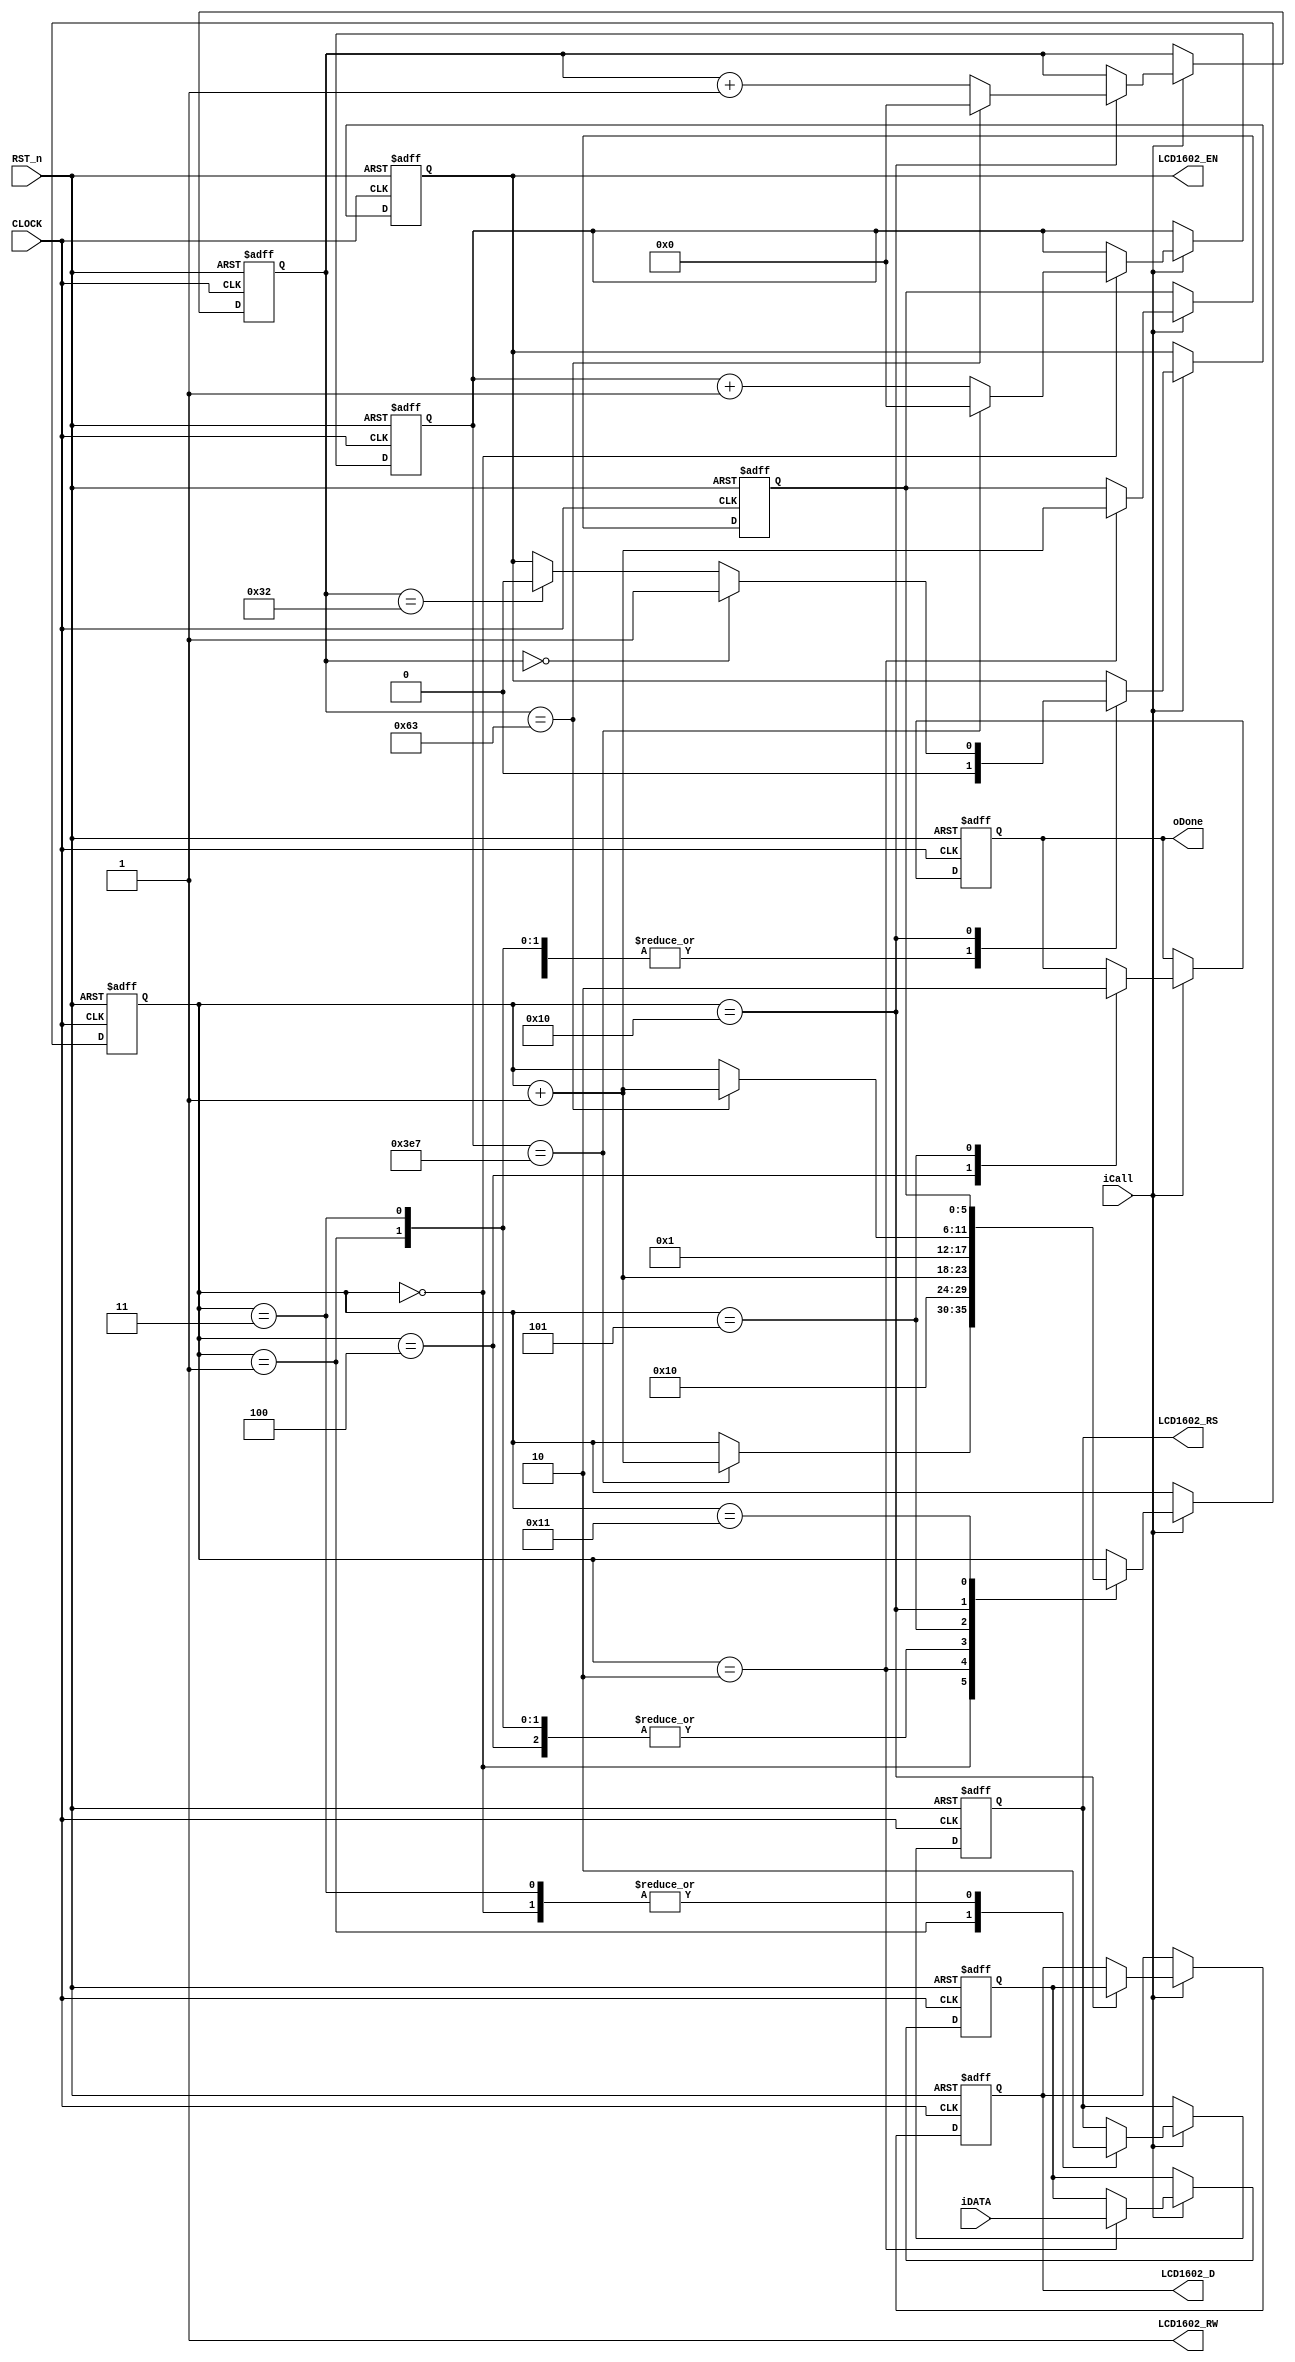
//****************************************************************************//
//# @Author: 
//# @Date:   2019-05-19 21:06:32
//# @Last Modified by:   zlk
//# @WeChat Official Account: OpenFPGA
//# @Last Modified time: 2019-06-27 21:00:34
//# Description: 
//# @Modification History: 2019-05-19 20:58:19
//# Date			    By			   VerDATAn			   Change Description: 
//# ========================================================================= #
//# 2019-05-19 20:58:19
//# ========================================================================= #
//# |                                          								| #
//# |                                OpenFPGA     							| #
//****************************************************************************//
module lcd1602_funcmod
(
    input CLOCK, RST_n,

	//lcd1602 interface
	output 				LCD1602_RS,		//H: Data; L: Instruction code
	output				LCD1602_RW,		//H: Read; L: Write
	output  			LCD1602_EN,		//LCD1602 Chip enable signal
	output		[7:0]	LCD1602_D,		//LCD1602 Data interface

	//Signal
	input iCall,
	output oDone,
	input [7:0]iDATA
);	 
	 //parameter DELAY_TIME = 1000_000;   //Delay for 20ms
	 localparam DELAY_TIME = 20'd1000;		//Just for test
	 //parameter FCLK = 20'd100_000, FHALF = 20'd50_000; // 500hz,(1/500hz)/(1/50Mhz) FCLK 
	 localparam FCLK = 20'd100, FHALF = 20'd50;        //Just for test
	 //parameter FF_Write = 6'd16;//FHALF   //tsp1
	 localparam FF_Write = 20'd16;        //Just for test
	
	 
	 assign LCD1602_RW=1'b1;
	 reg [19:0]C1,C2;
    reg [5:0]i,Go;
	 reg [7:0]T; //D1  T 
	 reg rRS, rEN; 
	 reg [7:0]rDATA;
	 reg isDone; //isQ  IO 
	 
    always @ ( posedge CLOCK or negedge RST_n )	
	     if( !RST_n )
		      begin
				    { C1,C2 } <={ 20'd0,20'd0 };
				    { i,Go } <= { 6'd0,6'd0 };
					 T  <= 8'd0;
					 { rRS, rEN, rDATA } <= 3'b000;
					  isDone <= 1'b0;
				end
/***********************************************************************
 0 
 1 
 2  3~4 
***********************************************************************/
		   else if( iCall )
			    case( i )
				     
					0://20ms
					    begin 
					    	{ rRS,rEN } <= 2'b00; 
					  		if( C2 == DELAY_TIME -1) begin C2 <= 20'd0; i <= i + 1'b1; end
							else C2 <= C2 + 1'b1;
					    end
				
					1:
					    begin { rRS,rEN } <= 2'b10; i <= i + 1'b1; end 
					2:
					    begin T <= iDATA; i <= FF_Write; Go <= i + 1'b1; end
					3:
					    begin { rRS,rEN } <= 2'b00; i <= i + 1'b1; end
					  
					  4:
					  begin isDone <= 1'b1; i <= i + 1'b1; end
					  
					  5:
					  begin isDone <= 1'b0; i <= 6'd1; end
					  
					  /******************/
					  
					  16:
					  begin

					      rDATA <= T;//
							
						if( C1 == 0 ) rEN <= 1'b1;
 					    else if( C1 == FHALF ) rEN <= 1'b0;
					  
					    if( C1 == FCLK -1) begin C1 <= 20'd0; i <= i + 1'b1; end
						else C1 <= C1 + 1'b1;
					  end
					  
					  17:
					  i <= Go;
					  
				 endcase
       
/***********************************************************************
 rDATA  LCD1602_D_DATA D  oData	
***********************************************************************/
		assign { LCD1602_RS,LCD1602_EN } = { rRS,rEN };
		assign LCD1602_D = rDATA ;  //isQ ? rDATA : 1'bz;
		assign oDone = isDone;

endmodule